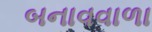
બનાવવાળા